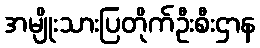
အမျိုးသားပြတိုက်ဦးစီးဌာန